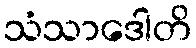
သံသာဒေါတိ